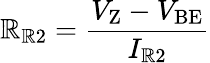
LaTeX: \mathbb{R}_{\mathrm{{\mathbb{R}2}}}={\frac{{V_{\mathrm{{Z}}}-V_{\mathrm{{BE}}}}}{{I_{\mathrm{{\mathbb{R}2}}}}}}